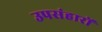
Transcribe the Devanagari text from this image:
उपसंहारों